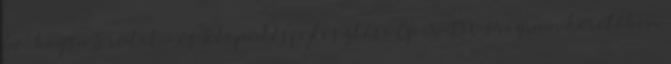
be, hogy a Terület- és Településfejlesztési Operatív Program keretében